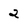
Character: 2